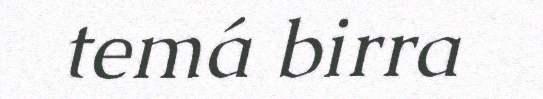
temá birra